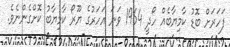
ފަހަރަށް ބޮޑު ކާމިޔާބެއް ހޯދީ 1964 ވަނަ އަހަރުގެ ޔޫރޯ ކާމިޔާބު ކޮށްގެންނެވެ.